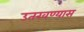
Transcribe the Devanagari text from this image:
उतरवण्यास